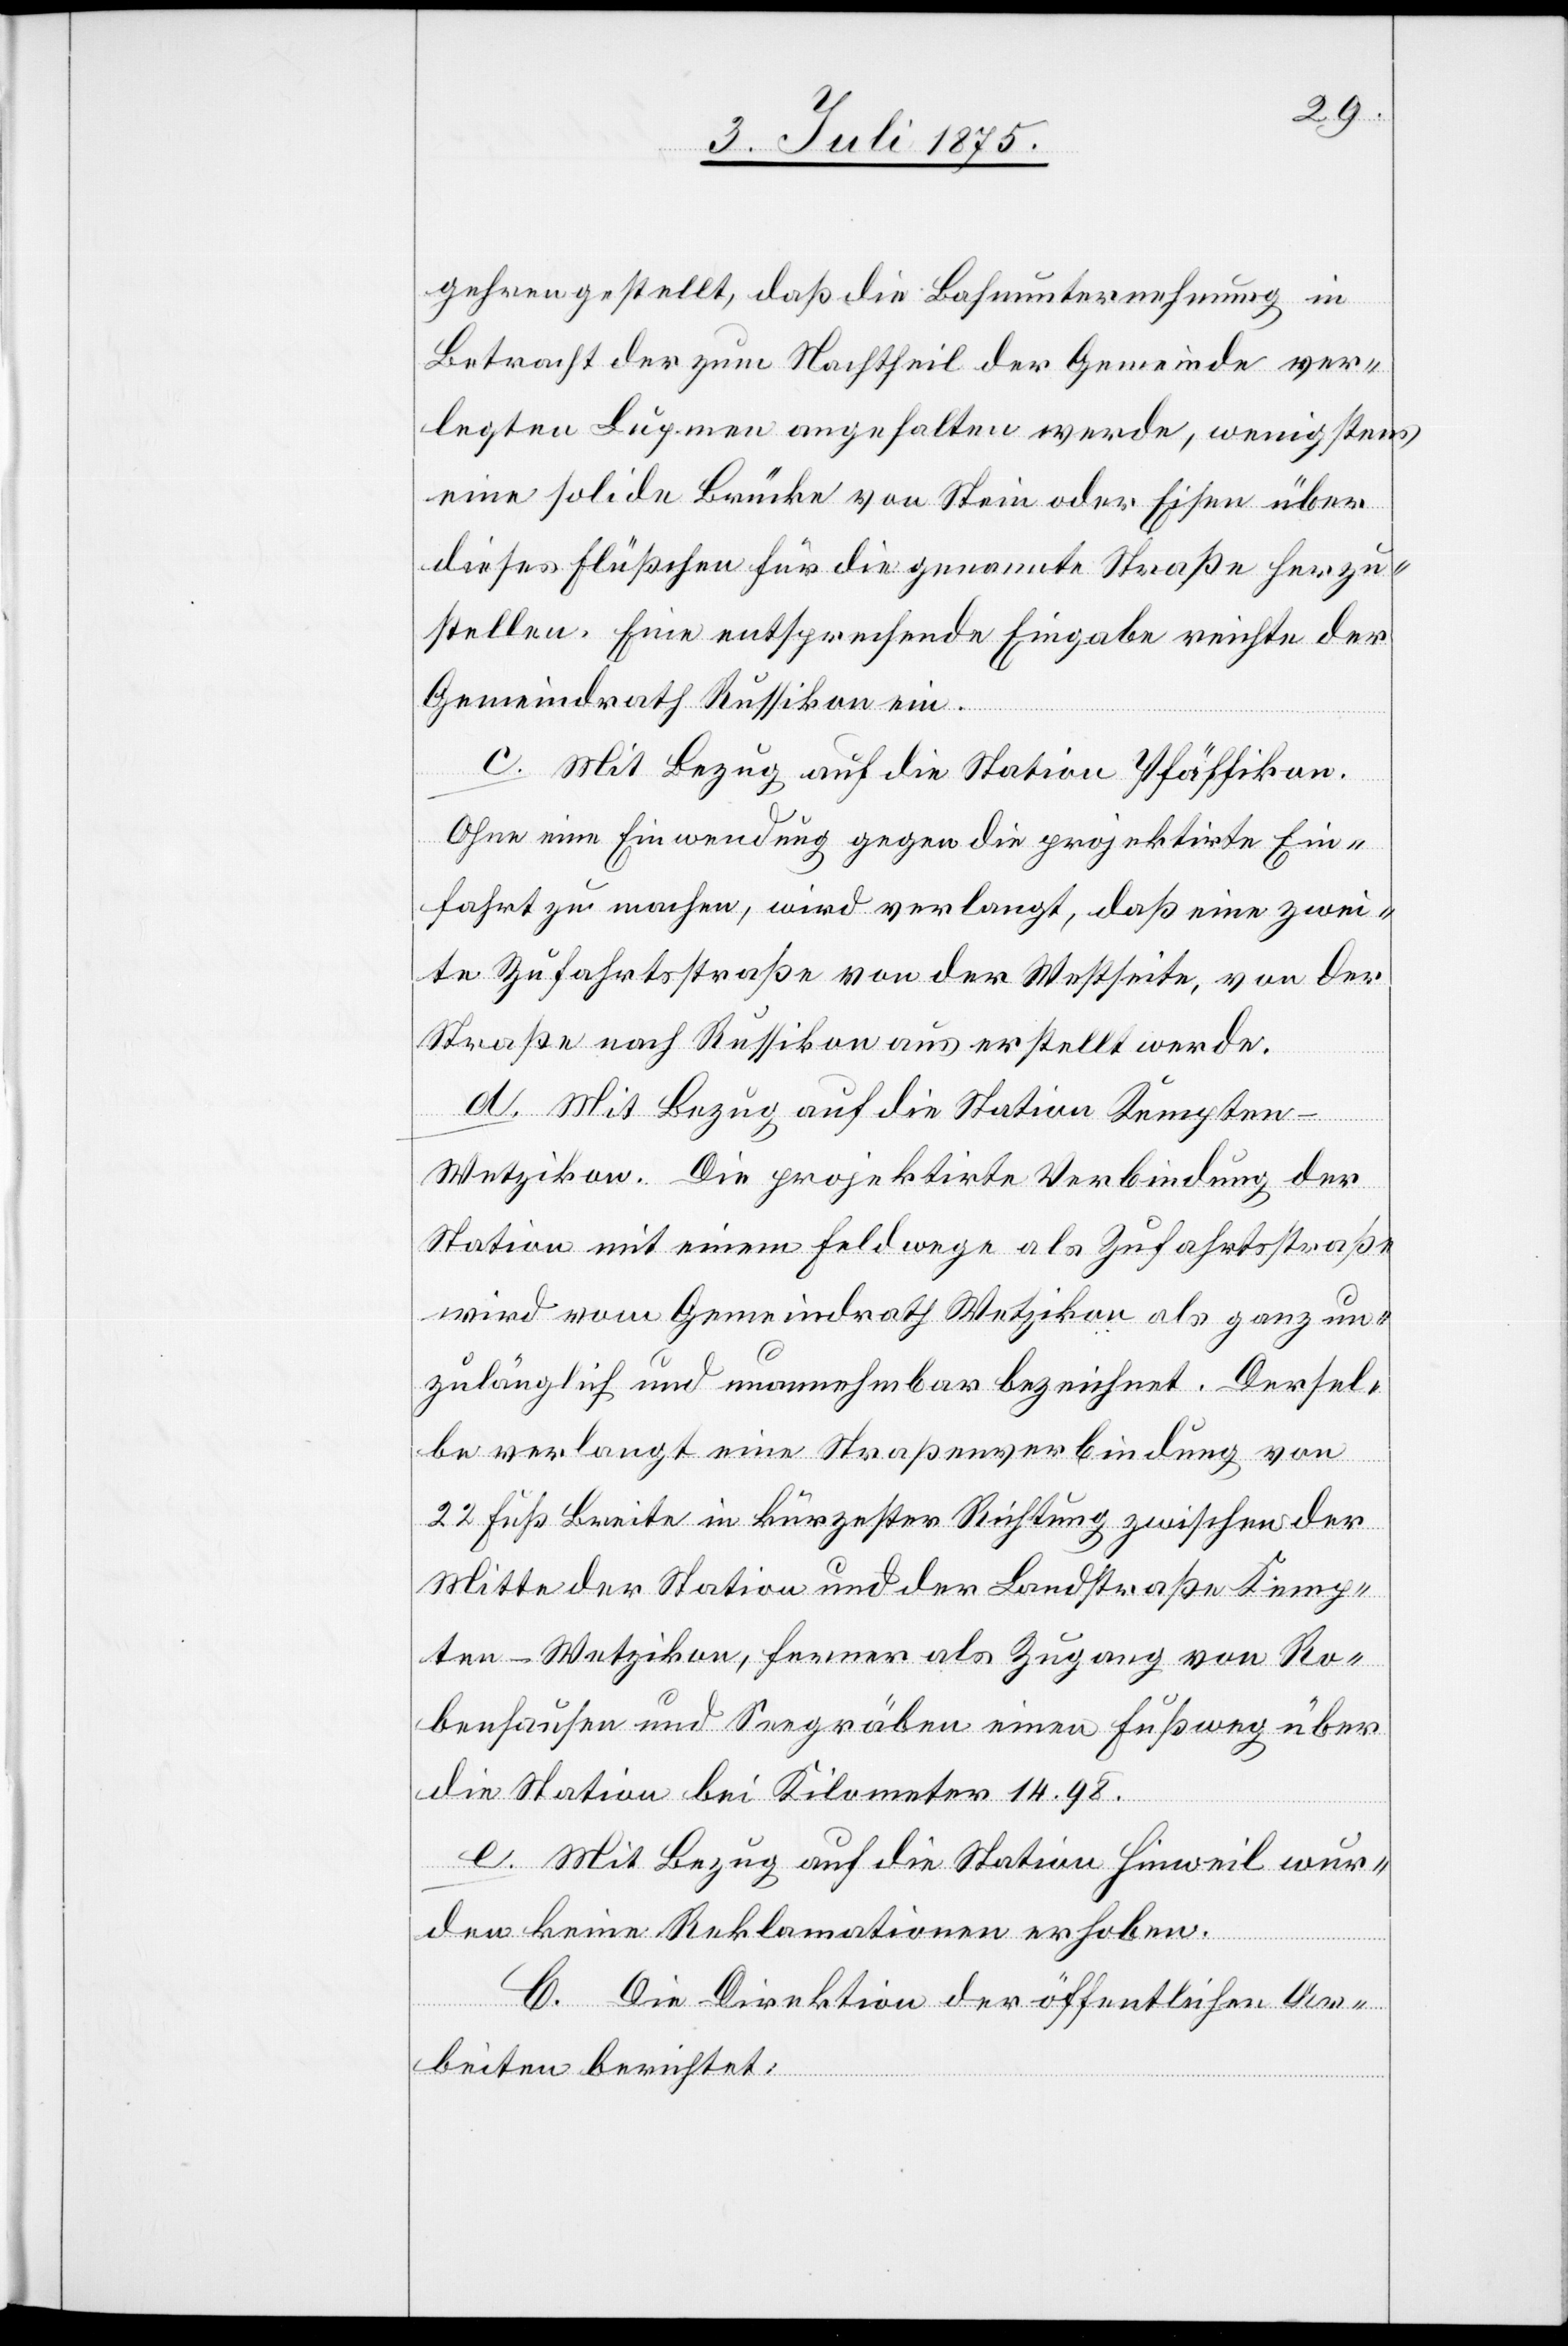
gehren gestellt, daß die Bahnunternehmung in
Betracht der zum Nachtheil der Gemeinde ver¬
legten Lupmen angehalten werde, wenigstens
eine solide Brücke von Stein oder Eisen über
dieses Flüßchen für die genannte Straße herzu¬
stellen. Eine entsprechende Eingabe reichte der
Gemeindrath Russikon ein.
c. Mit Bezug auf die Station Pfäffikon.
Die
Ohne eine Einwendung gegen die projektirte Ein¬
fahrt zu machen, wird verlangt, daß eine zwei¬
te Zufahrtsstraße von der Westseite, von der
Straße nach Russikon aus erstellt werde.
d. Mit Bezug auf die Station Kempten-W¬
Station mit einem Feldwege als Zufahrtsstraße
wird vom Gemeindrath Wetzikon als ganz un¬
zulänglich und unannehmbar bezeichnet. Dersel¬
be verlangt eine Straßenverbindung von
22 Fuß Breite in kürzester Richtung zwischen der
Mitte der Station und der Landstraße Kemp¬
ten–Wetzikon, ferner als Zugang von Ro¬
benhausen und Seegräben einen Fußweg über
die Station bei Kilometer 14.98.
e. Mit Bezug auf die Station Hinweil wur¬
den keine Reklamationen erhoben.
C. Die Direktion der öffentlichen Ar¬
beiten berichtet: